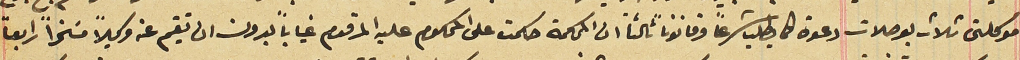
موكلتى ثلاث بوصلات دعوة كما يطلب شرعاً وقانوناً ثالثاً ان المحكمة حكمت على المحكوم عليه المرقوم غياباً بدون ان تقيم عنه وكيلاً مسَخراً رابعاً